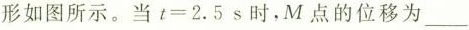
形如图所示。当$$t=2.5 s$$时，M点的位移为___